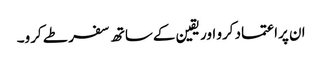
ان پراعتماد کرو اور یقین کےساتھ سفر طے کرو۔